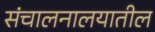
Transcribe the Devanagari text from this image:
संचालनालयातील